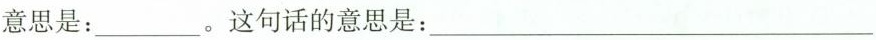
意思是：___。这句话的意思是：___